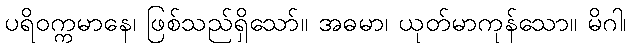
ပရိဝက္ကမာနေ၊ ဖြစ်သည်ရှိသော်။ အဓမာ၊ ယုတ်မာကုန်သော။ မိဂါ၊